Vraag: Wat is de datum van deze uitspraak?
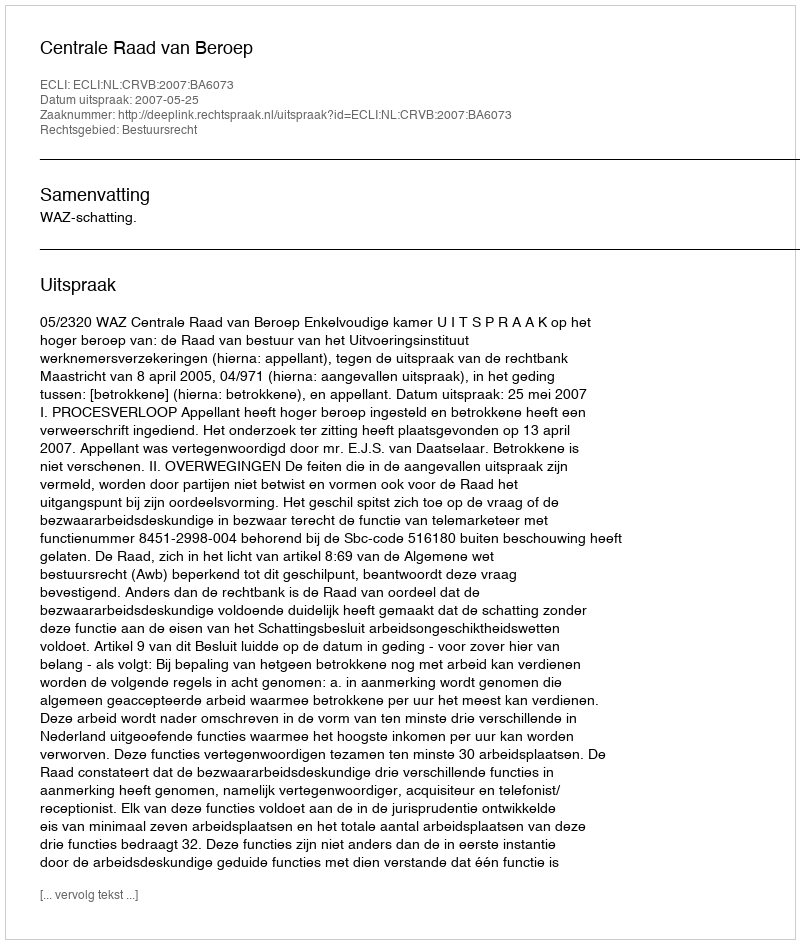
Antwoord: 2007-05-25